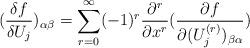
LaTeX: \begin{align*}(\frac{\delta f}{\delta U_j})_{\alpha \beta }=\sum_{r=0}^\infty(-1)^r\frac{\partial ^r}{\partial x^r}(\frac{\partial f}{\partial(U_j^{(r)})_{\beta \alpha }})\end{align*}